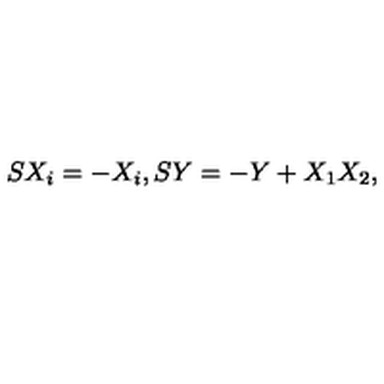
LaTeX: S X _ { i } = - X _ { i } , S Y = - Y + X _ { 1 } X _ { 2 } ,